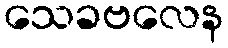
သေခဗလေန